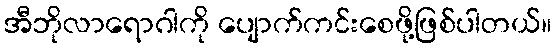
အီဘိုလာရောဂါကို ပျောက်ကင်းစေဖို့ဖြစ်ပါတယ်။